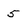
Character: 5